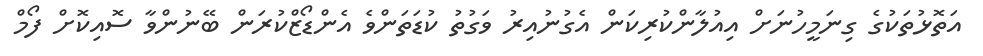
އަތޮޅުތަކުގެ ގިނަމީހުނަށް އިއުލާންކުރިކަން އެގުނުއިރު ވަގުތު ކުޑަތަންވެ އެންޑޯޒްކުރަން ބޭނުންވާ ސޮއިކޮށް ފޯމް